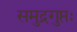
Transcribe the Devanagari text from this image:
समुद्रगुप्तः